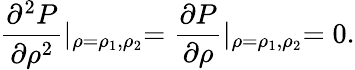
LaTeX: \frac{\partial^{2}P}{\partial\rho^{2}}\lvert_{\rho=\rho_{1},\rho_{2}}=\frac{\partial P}{\partial\rho}\lvert_{\rho=\rho_{1},\rho_{2}}=0.